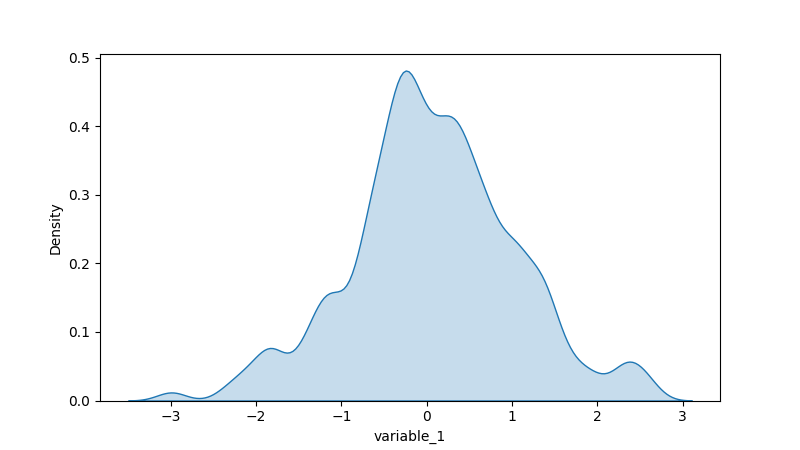
python, seaborn, kdeplot, hue='None', fill=True, bw_adjust=0.5